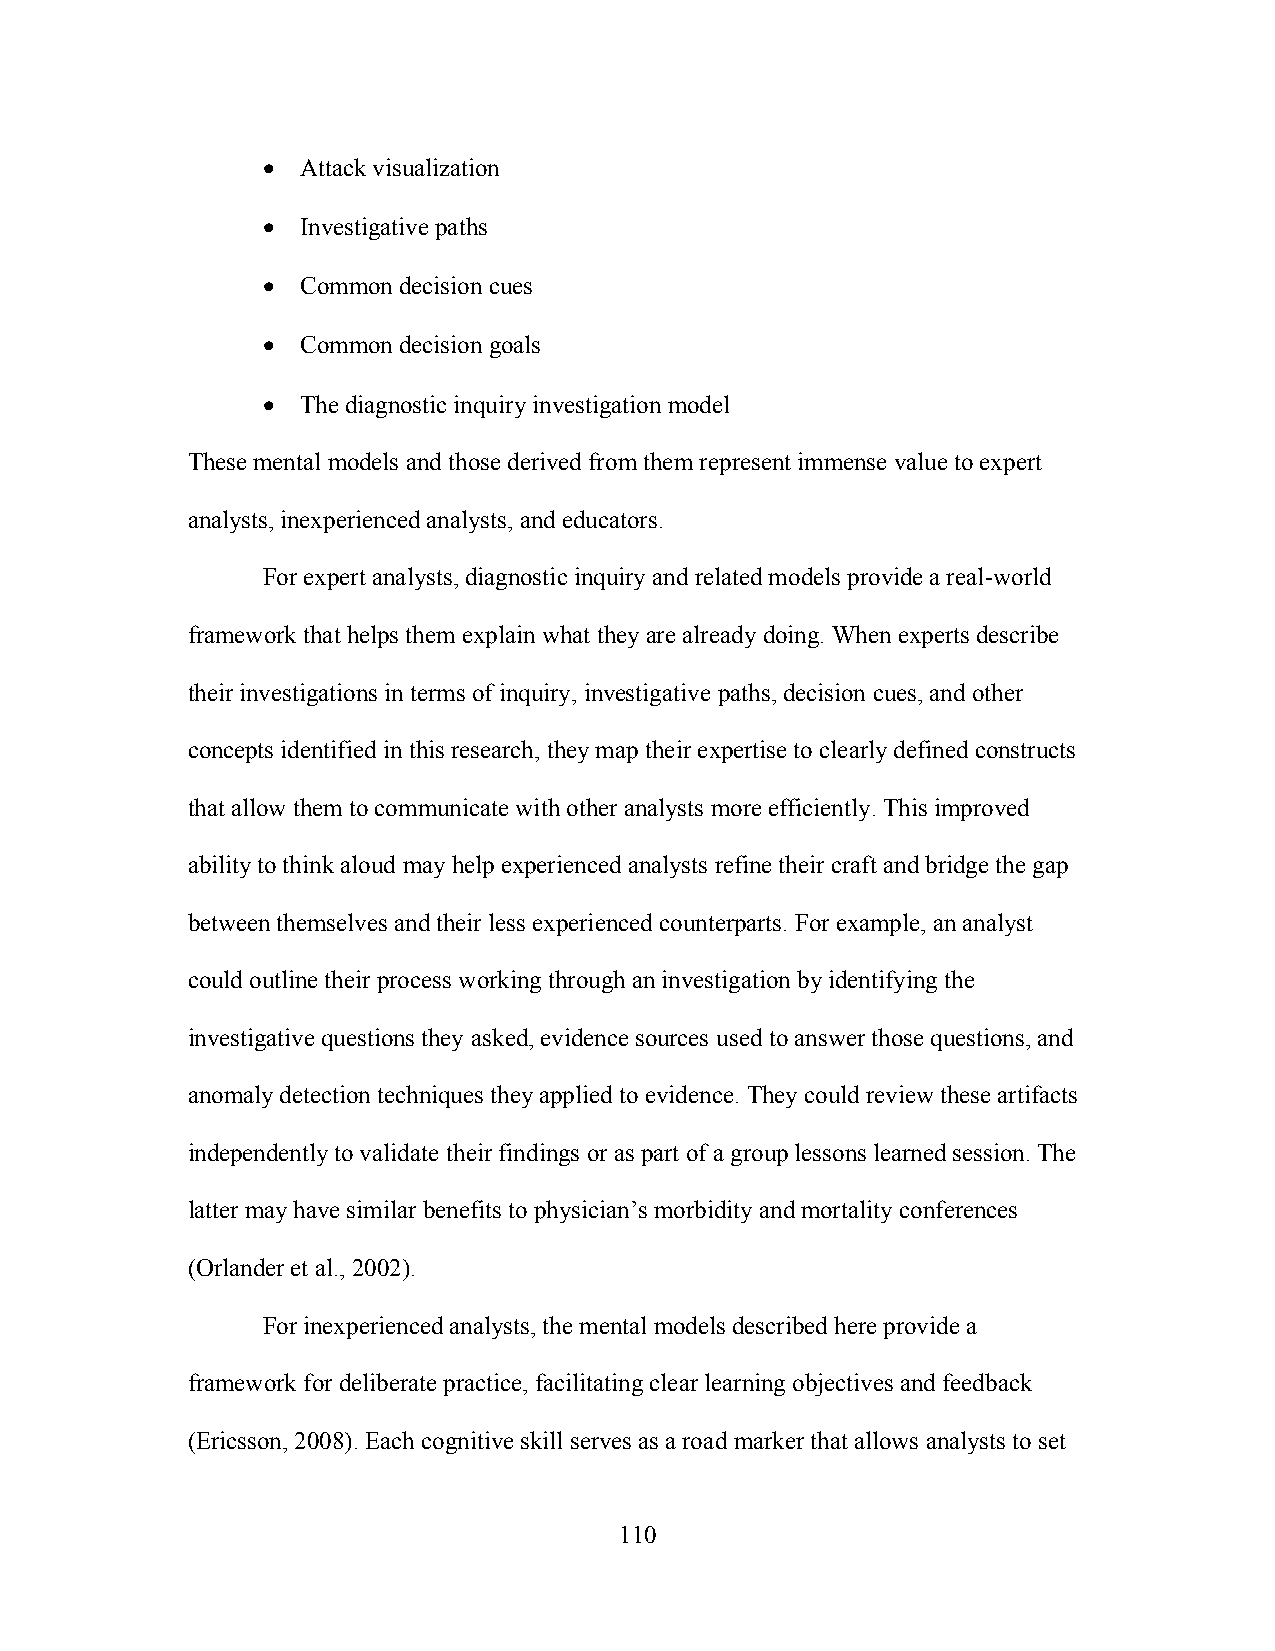
•  Attack visualization
 •  Investigative paths
 •  Common decision cues
 •  Common decision goals
 •  The diagnostic inquiry investigation model
 These mental models and those derived from them represent immense value to expert
 analysts, inexperienced analysts, and educators.
 For expert analysts, diagnostic inquiry and related models provide a real-world
 framework that helps them explain what they are already doing. When experts describe
 their investigations in terms of inquiry, investigative paths, decision cues, and other
 concepts identified in this research, they map their expertise to clearly defined constructs
 that allow them to communicate with other analysts more efficiently. This improved
 ability to think aloud may help experienced analysts refine their craft and bridge the gap
 between themselves and their less experienced counterparts. For example, an analyst
 could outline their process working through an investigation by identifying the
 investigative questions they asked, evidence sources used to answer those questions, and
 anomaly detection techniques they applied to evidence. They could review these artifacts
 independently to validate their findings or as part of a group lessons learned session. The
 latter may have similar benefits to physician’s morbidity and mortality conferences
 (Orlander et al., 2002).
 For inexperienced analysts, the mental models described here provide a
 framework for deliberate practice, facilitating clear learning objectives and feedback
 (Ericsson, 2008). Each cognitive skill serves as a road marker that allows analysts to set
 110